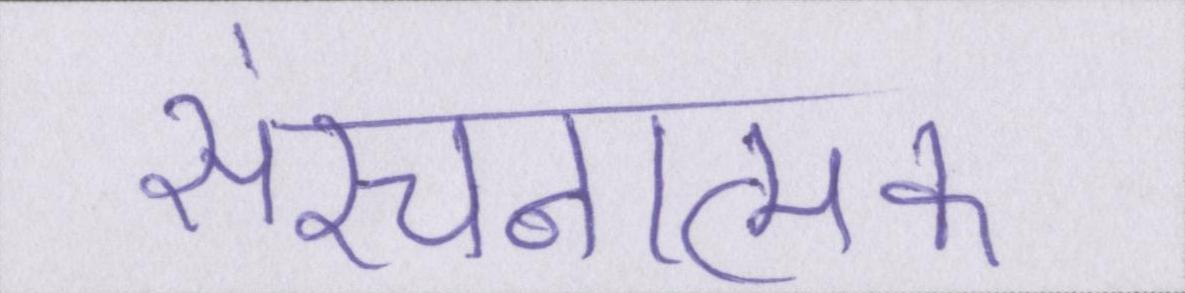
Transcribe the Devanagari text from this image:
संरचनात्मक